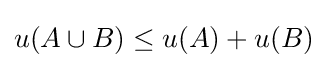
u(A\cup B)\leq u(A)+u(B)